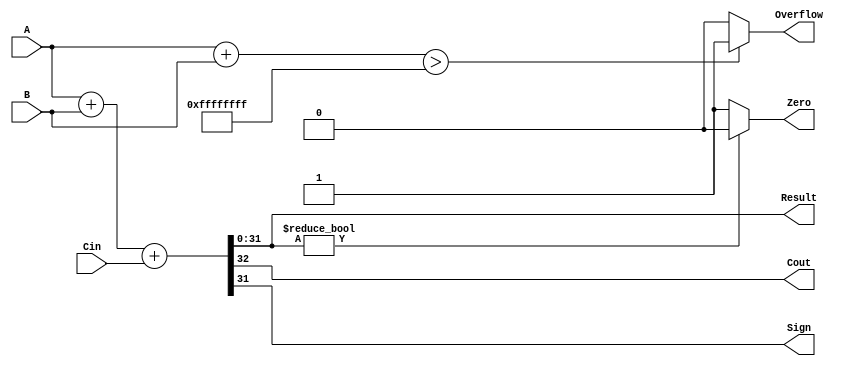
//
module Adder #(parameter D_WIDTH = 32)( //
	input [D_WIDTH-1:0] A,
	input [D_WIDTH-1:0] B,
	input Cin,
	output [D_WIDTH-1:0] Result,
	output Cout,
	output Zero,
	output Overflow,
	output Sign
);
	//wire q = A & B;
	//wire g = A ^ B;
	
	//assign Result = Cin ^ g;
	//assign Cout = Cin & g | q;
	assign {Cout,Result} = A + B + Cin;
	assign Zero = (Result != 0) ? 0 : 1;
	assign Overflow = ((A + B) > 32'b11111111_11111111_11111111_11111111) ? 1 : 0;//OF = Cn^Cn-1
	assign Sign = Result[31];
/*
always @(A or B or cin)//assign
	begin
		Result = Cin ^ A ^ B;
		Cout = (A & Cin) | (B & Cin) | (A & B);
		Zero = (Result == 1) ? 0 : 1;
		Overflow = ((A + B) > 32'b11111111_11111111_11111111_11111111) ? 1 : 0;//OF = Cn^Cn-1
		Sign = Result[31];
	end*/
endmodule